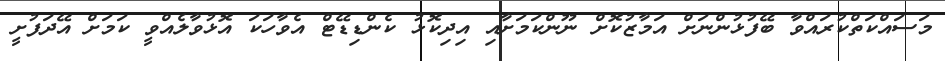
މަސައްކަތްކުރައްވާ ބޭފުޅުންނަށް އަމާޒުކޮށް ނޫންކަމަށާއި އިދިކޮޅު ކެންޑިޑޭޓް އެވާހަކަ އޮޅުވާލެއްވީ ކަމަށް އޭދަފުށީ